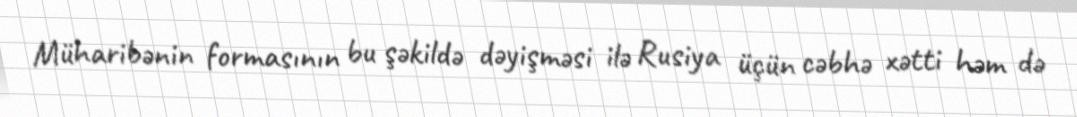
Müharibənin formasının bu şəkildə dəyişməsi ilə Rusiya üçün cəbhə xətti həm də